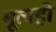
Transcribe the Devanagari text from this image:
मूलही